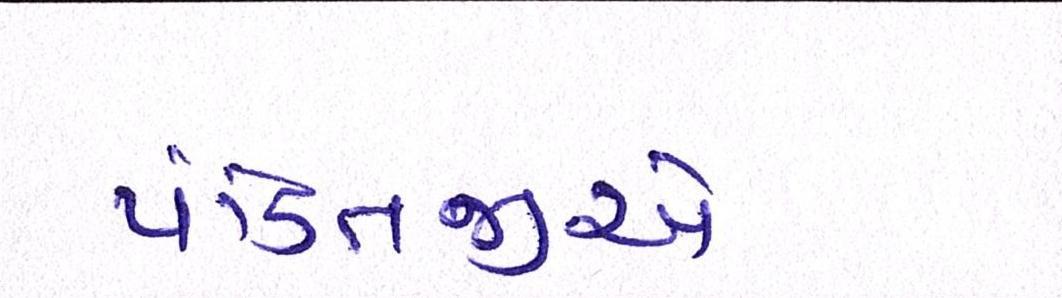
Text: પંડિતજીએ